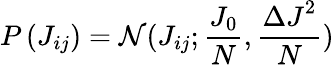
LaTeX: P\left({{J}_{ij}}\right)=\mathcal{N}({{J}_{ij}};\frac{{{J}_{0}}}{N},\frac{{{{\Delta J}}^{2}}}{N})